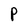
Character: P